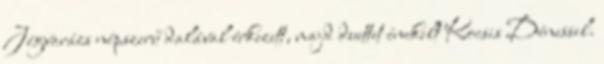
Jégvarázs népszerű dalával érkezett, majd duettet énekelt Kocsis Dénessel.